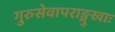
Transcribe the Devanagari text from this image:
गुरुसेवापराङ्मुखाः